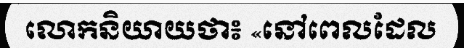
លោកនិយាយថា៖ «នៅពេលដែល